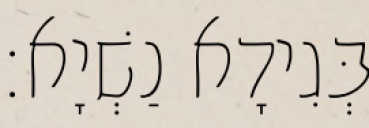
בְּגִידָא נַשְׁיָא׃